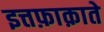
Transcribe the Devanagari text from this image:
इत्तफ़ाक़ाते